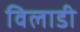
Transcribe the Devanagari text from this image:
विलाडी